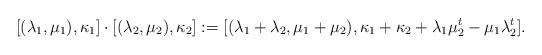
LaTeX: \begin{align*} [(\lambda_1,\mu_1),\kappa_1] \cdot [(\lambda_2,\mu_2),\kappa_2]:=[(\lambda_1+\lambda_2, \mu_1+\mu_2), \kappa_1+\kappa_2+\lambda_1\mu_2^t-\mu_1\lambda_2^t].\end{align*}